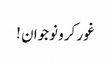
غور کرو نوجوان !